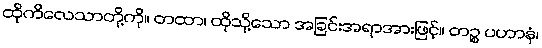
ထိုကိလေသာတို့ကို။ တထာ၊ ထိုသို့သော အခြင်းအရာအားဖြင့်။ တဉ္စ ပဟာနံ၊